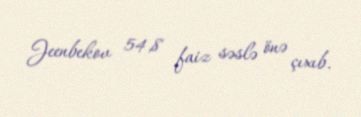
Jeenbekov 54,8 faiz səslə önə çıxıb.